Report on vaccination in Madras 1895-1903 - 1895-1903
Year: 1895
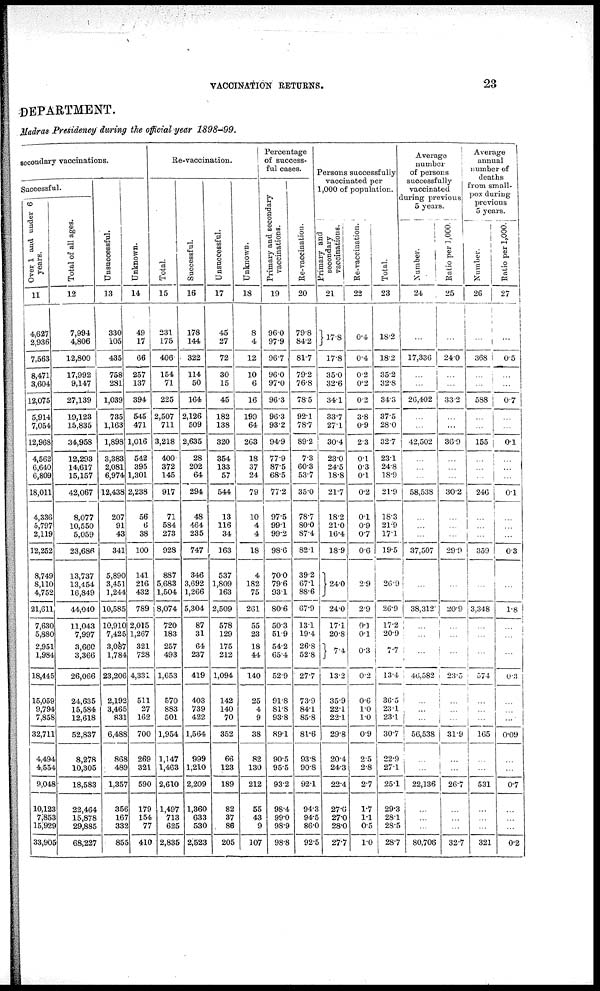
VACCINATION RETURNS.
23
DEPARTMENT.
Madras Presidency during the official year 1898-99.
secondary vaccinations.
Successful.
Over 1 and under 6
years.
11
4,627
2,936
7,563
8,471
3,604
12,075
5,914
7,054
12,968
4,562
6,640
6,809
18,011
4,336
5,797
2,119
12,252
8,749
8,110
4,752
21,611
7,630
5,880
2,951
1,984
18,445
15,059
9,794
7,858
32,711
4,494
4,554
9,048
10,123
7,853
15,929
33,905
Total of all ages.
12
7,994
4,806
12,800
17,992
9,147
27,139
19,123
15,835
34,958
12,293
14,617
15,157
42,067
8,077
10,550
5,059
23,686
13,737
13,454
16,849
44,040
11,043
7,997
3,660
3,366
26,066
24,635
15,584
12,618
52,837
8,278
10,305
18,583
22,464
15,878
29,885
68,227
Unsuccessful.
13
330
105
435
758
281
1,039
735
1,163
1,898
3,383
2,081
6,974
12,438
207
91
43
341
5,890
3,451
1,244
10,585
10,910
7,425
3,087
1,784
23,206
2,192
3,465
831
6,488
868
489
1,357
356
167
332
855
Unknown.
14
49
17
66
257
137
394
545
471
1,016
542
395
1,301
2,238
56
6
38
100
141
216
432
789
2,015
1,267
321
728
4,331
511
27
162
700
269
321
590
179
154
77
410
Re-vaccination.
Total.
15
231
175
406
154
71
225
2,507
711
3,218
400
372
145
917
71
584
273
928
887
5,683
1,504
8,074
720
183
257
493
1,653
570
883
501
1,954
1,147
1,463
2,610
1,497
713
625
2,885
Successful.
16
178
144
322
114
50
164
2,126
509
2,635
28
202
64
294
48
464
235
747
346
3,692
1,266
5,304
87
31
64
237
419
403
739
422
1,564
999
1,210
2,209
1,360
633
530
2,523
Unsuccessful.
17
45
27
72
30
15
45
182
138
320
354
133
57
544
13
116
34
163
537
1,809
163
2,509
578
129
175
212
1,094
142
140
70
352
66
123
189
82
37
86
205
Unknown.
18
8
4
12
10
6
16
199
64
263
18
37
24
79
10
4
4
18
4
182
75
261
55
23
18
44
140
25
4
9
38
82
130
212
55
43
9
107
Percentage
of success-
ful cases.
Primary and secondary
vaccinations.
19
96.0
97.9
96.7
96.0
97.0
96.3
96.3
93.2
94.9
77.9
87.5
68.5
77.2
97.5
99.1
99.2
98.6
70.0
79.6
93.1
80.6
50.3
51.9
54.2
65.4
52.9
91.8
81.8
93.8
89.1
90.5
95.5
93.2
98.4
99.0
98.9
98.8
Re-vaccination.
20
79.8
84.2
81.7
79.2
76.8
78.5
92.1
78.7
89.2
7.3
60.3
53.7
35.0
78.7
80.0
87.4
82.1
39.2
67.1
88.6
67.9
13.1
19.4
26.8
52.8
27.7
73.9
84.1
85.8
81.6
93.8
90.8
92.1
94.3
94.5
86.0
92.5
Persons successfully
vaccinated per
1,000 of population.
Primary and
secondary
vaccinations.
21
17.8
17.8
35.0
32.6
34.1
33.7
27.1
30.4
23.0
24.5
18.8
21.7
18.2
21.0
16.4
18.9
24.0
24.0
17.1
20.8
7.4
13.2
35.9
22.1
22.1
29.8
20.4
24.3
22.4
27.6
27.0
28.0
27.7
Re-vaccination.
22
0.4
0.4
0.2
0.2
0.2
3.8
0.9
2.3
0.1
0.3
0.1
0.2
0.1
0.9
0.7
0.6
2.9
2.9
0.1
0.1
0.3
0.2
0.6
1.0
1.0
0.9
2.5
2.8
2.7
1.7
1.1
0.5
1.0
Total.
23
18.2
18.2
35.2
32.8
34.3
37.5
28.0
32.7
23.1
24.8
18.9
21.9
18.3
21.9
17.1
19.5
26.9
26.9
17.2
20.9
7.7
13.4
36.5
23.1
23.1
30.7
22.9
27.1
25.1
29.3
28.1
28.5
28.7
Average
number
of persons
successfully
vaccinated
during previous
5 years.
Number.
24
...
17,336
...
...
26,402
...
...
42,502
...
...
...
58,538
...
...
...
37,507
...
38,312
...
...
...
46,582
...
...
...
56,538
...
...
22,136
...
...
...
80,706
Ratio per 1,000.
25
...
24.0
...
...
33.2
...
...
36.9
...
...
...
30.2
...
...
...
29.9
...
20.9
...
...
...
23.5
...
...
...
31.9
...
...
26.7
...
...
...
32.7
Average
annual
number of
deaths
from small-
pox during
previous
5 years.
Number.
26
...
368
...
...
588
...
...
155
...
...
...
246
...
...
...
359
...
3,348
...
...
...
574
...
...
...
165
...
...
531
...
...
...
321
Ratio per 1,000.
27
...
0.5
...
...
0.7
...
...
0.1
...
...
...
0.1
...
...
...
0.3
...
1.8
...
...
...
0.3
...
...
...
0.09
...
...
0.7
...
...
...
0.2